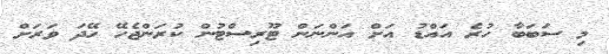
މި ސަބަބާ ހުރެ އައްޑު އަށް އަންނަން ޓޫރިސްޓުން ކުރަންޖެހޭ ހޭދަ ވަރަށް